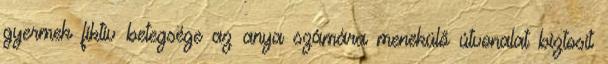
gyermek fiktív betegsége az anya számára menekülő útvonalat biztosít